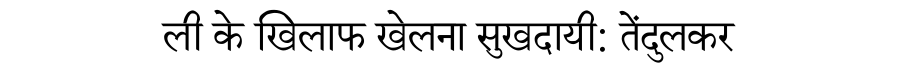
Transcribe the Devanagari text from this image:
ली के खिलाफ खेलना सुखदायी: तेंदुलकर